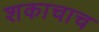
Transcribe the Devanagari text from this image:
शकाचाच